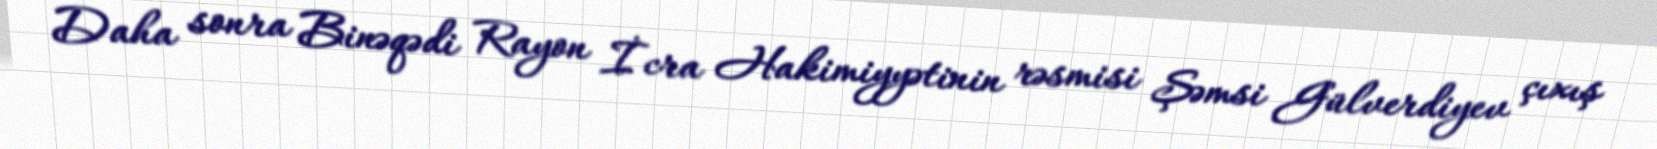
Daha sonra Binəqədi Rayon İcra Hakimiyyətinin rəsmisi Şəmsi Gülverdiyev çıxış